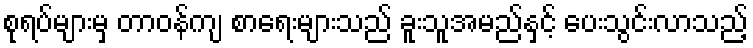
စုရပ်များမှ တာဝန်ကျ စာရေးများသည် ခူးသူအမည်နှင့် ပေးသွင်းလာသည့်